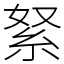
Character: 䋈